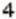
4